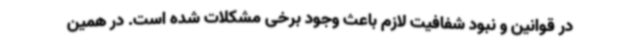
در قوانین و نبود شفافیت لازم باعث وجود برخی مشکلات شده است. در همین